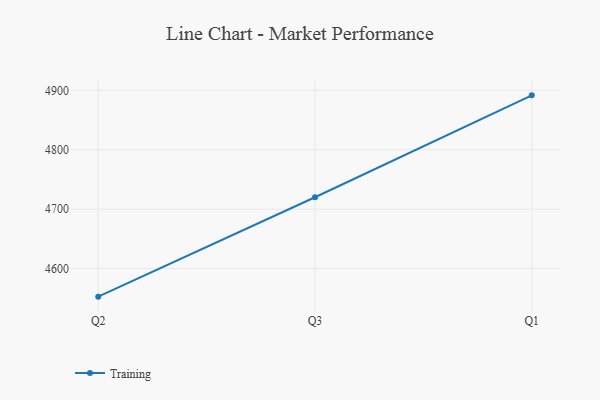
{"axis": {"x": "Quarter", "y": "Humidity (%)"}, "legend": ["Training"], "data": [{"x": "Q2", "y": 4552.9, "type": "Training"}, {"x": "Q3", "y": 4720.1, "type": "Training"}, {"x": "Q1", "y": 4891.5, "type": "Training"}]}